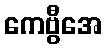
ကေဗွီအေ